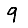
Digit: 9